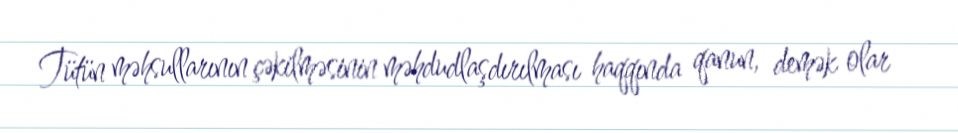
Tütün məhsullarının çəkilməsinin məhdudlaşdırılması haqqında qanun, demək olar